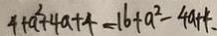
4 + a ^ { 2 } + 4 a + 4 - 1 6 + a ^ { 2 } - 4 a + 4 .